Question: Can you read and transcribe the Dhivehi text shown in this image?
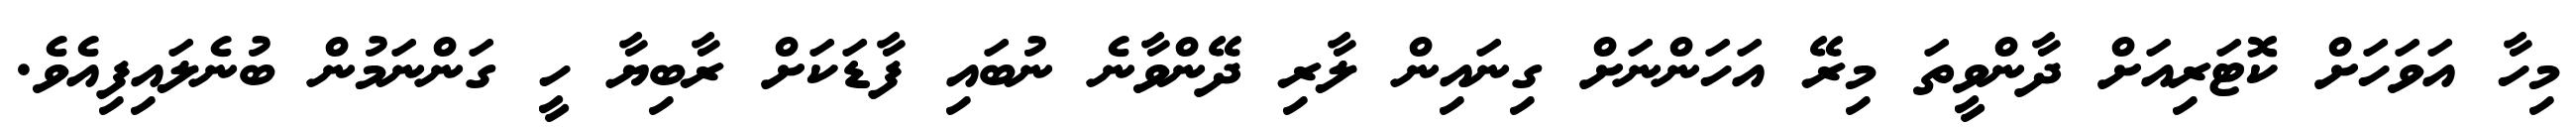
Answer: މިހާ އަވަހަށް ކޮޓަރިއަށް ދާންވީތަ މިރޭ އަހަންނަށް ގިނައިން ލާރި ދޭންވާނެ ނުބައި ފާޑަކަށް ރާބިޔާ ހީ ގަންނަމުން ބުނެލައިފިއެވެ.